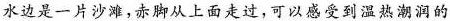
水边是一片沙滩，赤脚从上面走过，可以感受到温热潮润的